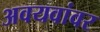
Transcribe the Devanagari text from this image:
अवयवांवर